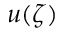
u ( \zeta )